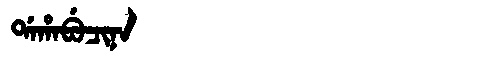
Manchu: ᡩᠠᡥᠠᠪᡠᠴᡳᠨᠠ
Romanization: DAHABUCINA